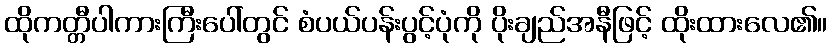
ထိုကတ္တီပါကားကြီးပေါ်တွင် စံပယ်ပန်းပွင့်ပုံကို ပိုးချည်အနီဖြင့် ထိုးထားလေ၏။